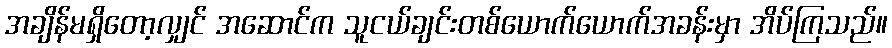
အချိန်မရှိတော့လျှင် အဆောင်က သူငယ်ချင်းတစ်ယောက်ယောက်အခန်းမှာ အိပ်ကြသည်။